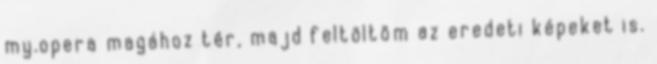
my.opera magához tér, majd feltöltöm az eredeti képeket is.